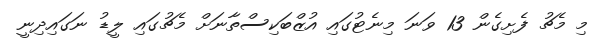
މި މެޗު ފެށިގެން 13 ވަނަ މިނެޓުގައި އުޒްބަކިސްތާނަށް މެޗުގައި ލީޑު ނަގައިދިނީ